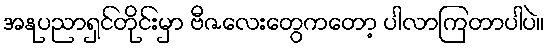
အနုပညာရှင်တိုင်းမှာ ဗီဇလေးတွေကတော့ ပါလာကြတာပါပဲ။